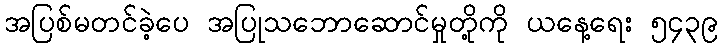
အပြစ်မတင်ခဲ့ပေ အပြုသဘောဆောင်မှုတို့ကို ယနေ့ရေး ၅၄၃၉